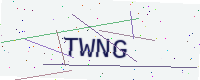
Text: TWNG